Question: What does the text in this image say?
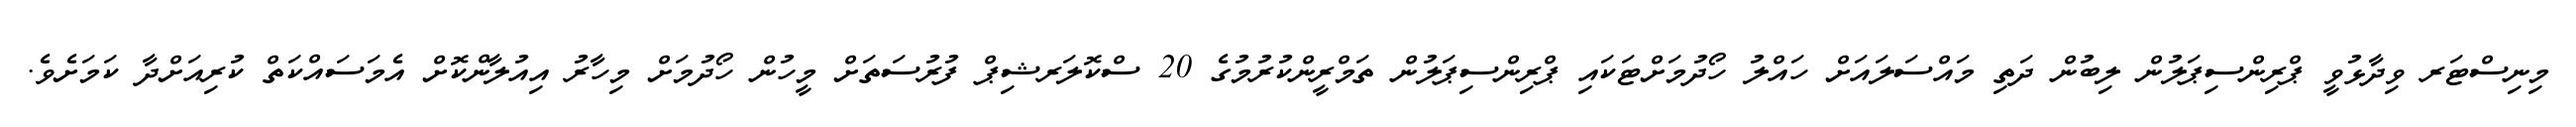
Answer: މިނިސްޓަރ ވިދާޅުވީ ޕްރިންސިޕަލުން ލިބުން ދަތި މައްސަލައަށް ހައްލު ހޯދުމަށްޓަކައި ޕްރިންސިޕަލުން ތަމްރީންކުރުމުގެ 20 ސްކޮލަރޝިޕް ފުރުސަތަށް މީހުން ހޯދުމަށް މިހާރު އިއުލާންކޮށް އެމަސައްކަތް ކުރިއަށްދާ ކަމަށެވެ.